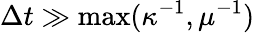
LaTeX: \Delta t\gg\operatorname*{max}(\kappa^{-1},\mu^{-1})